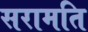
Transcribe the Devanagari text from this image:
सरामति